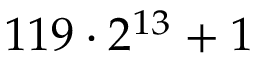
1 1 9 \cdot 2 ^ { 1 3 } + 1